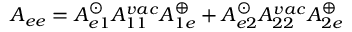
A _ { e e } = A _ { e 1 } ^ { \odot } A _ { 1 1 } ^ { v a c } A _ { 1 e } ^ { \oplus } + A _ { e 2 } ^ { \odot } A _ { 2 2 } ^ { v a c } A _ { 2 e } ^ { \oplus }